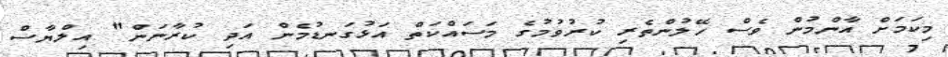
މިކަމަށް އާންމުން ވެސް ހޭލުންތެރި ކުރުވުމުގެ މަސައްކަތް އަޅުގަނޑުމެން އަދި ކުރާނަން" އިލްޔާސް